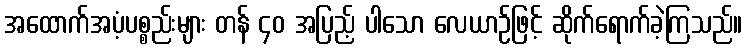
အထောက်အပံ့ပစ္စည်းများ တန် ၄၀ အပြည့် ပါသော လေယာဉ်ဖြင့် ဆိုက်ရောက်ခဲ့ကြသည်။